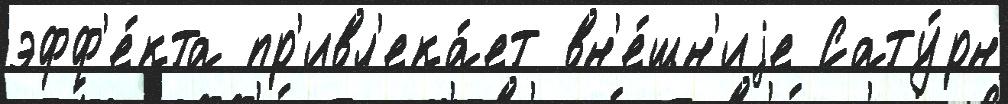
эфф'е́кта пр'ивл'ека́ет вн'е́шн'иjе Сату́рн